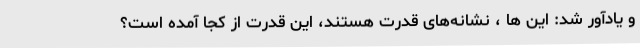
و یادآور شد: این ها ، نشانه‌های قدرت هستند، این قدرت از کجا آمده است؟